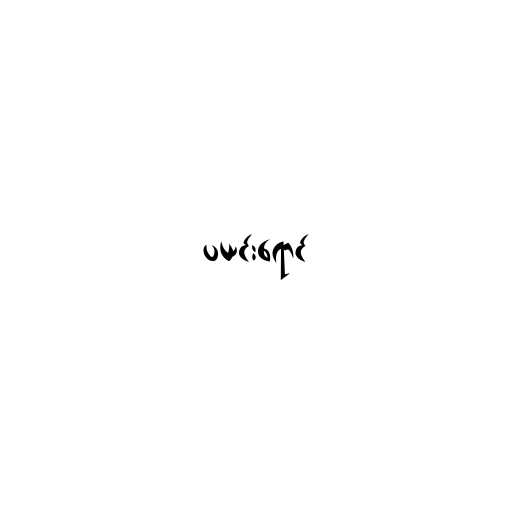
ပယင်းရောင်